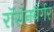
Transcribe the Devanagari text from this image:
रॉसेनबैर्गर